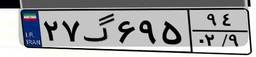
۲۷گ۶۹۵۹۴